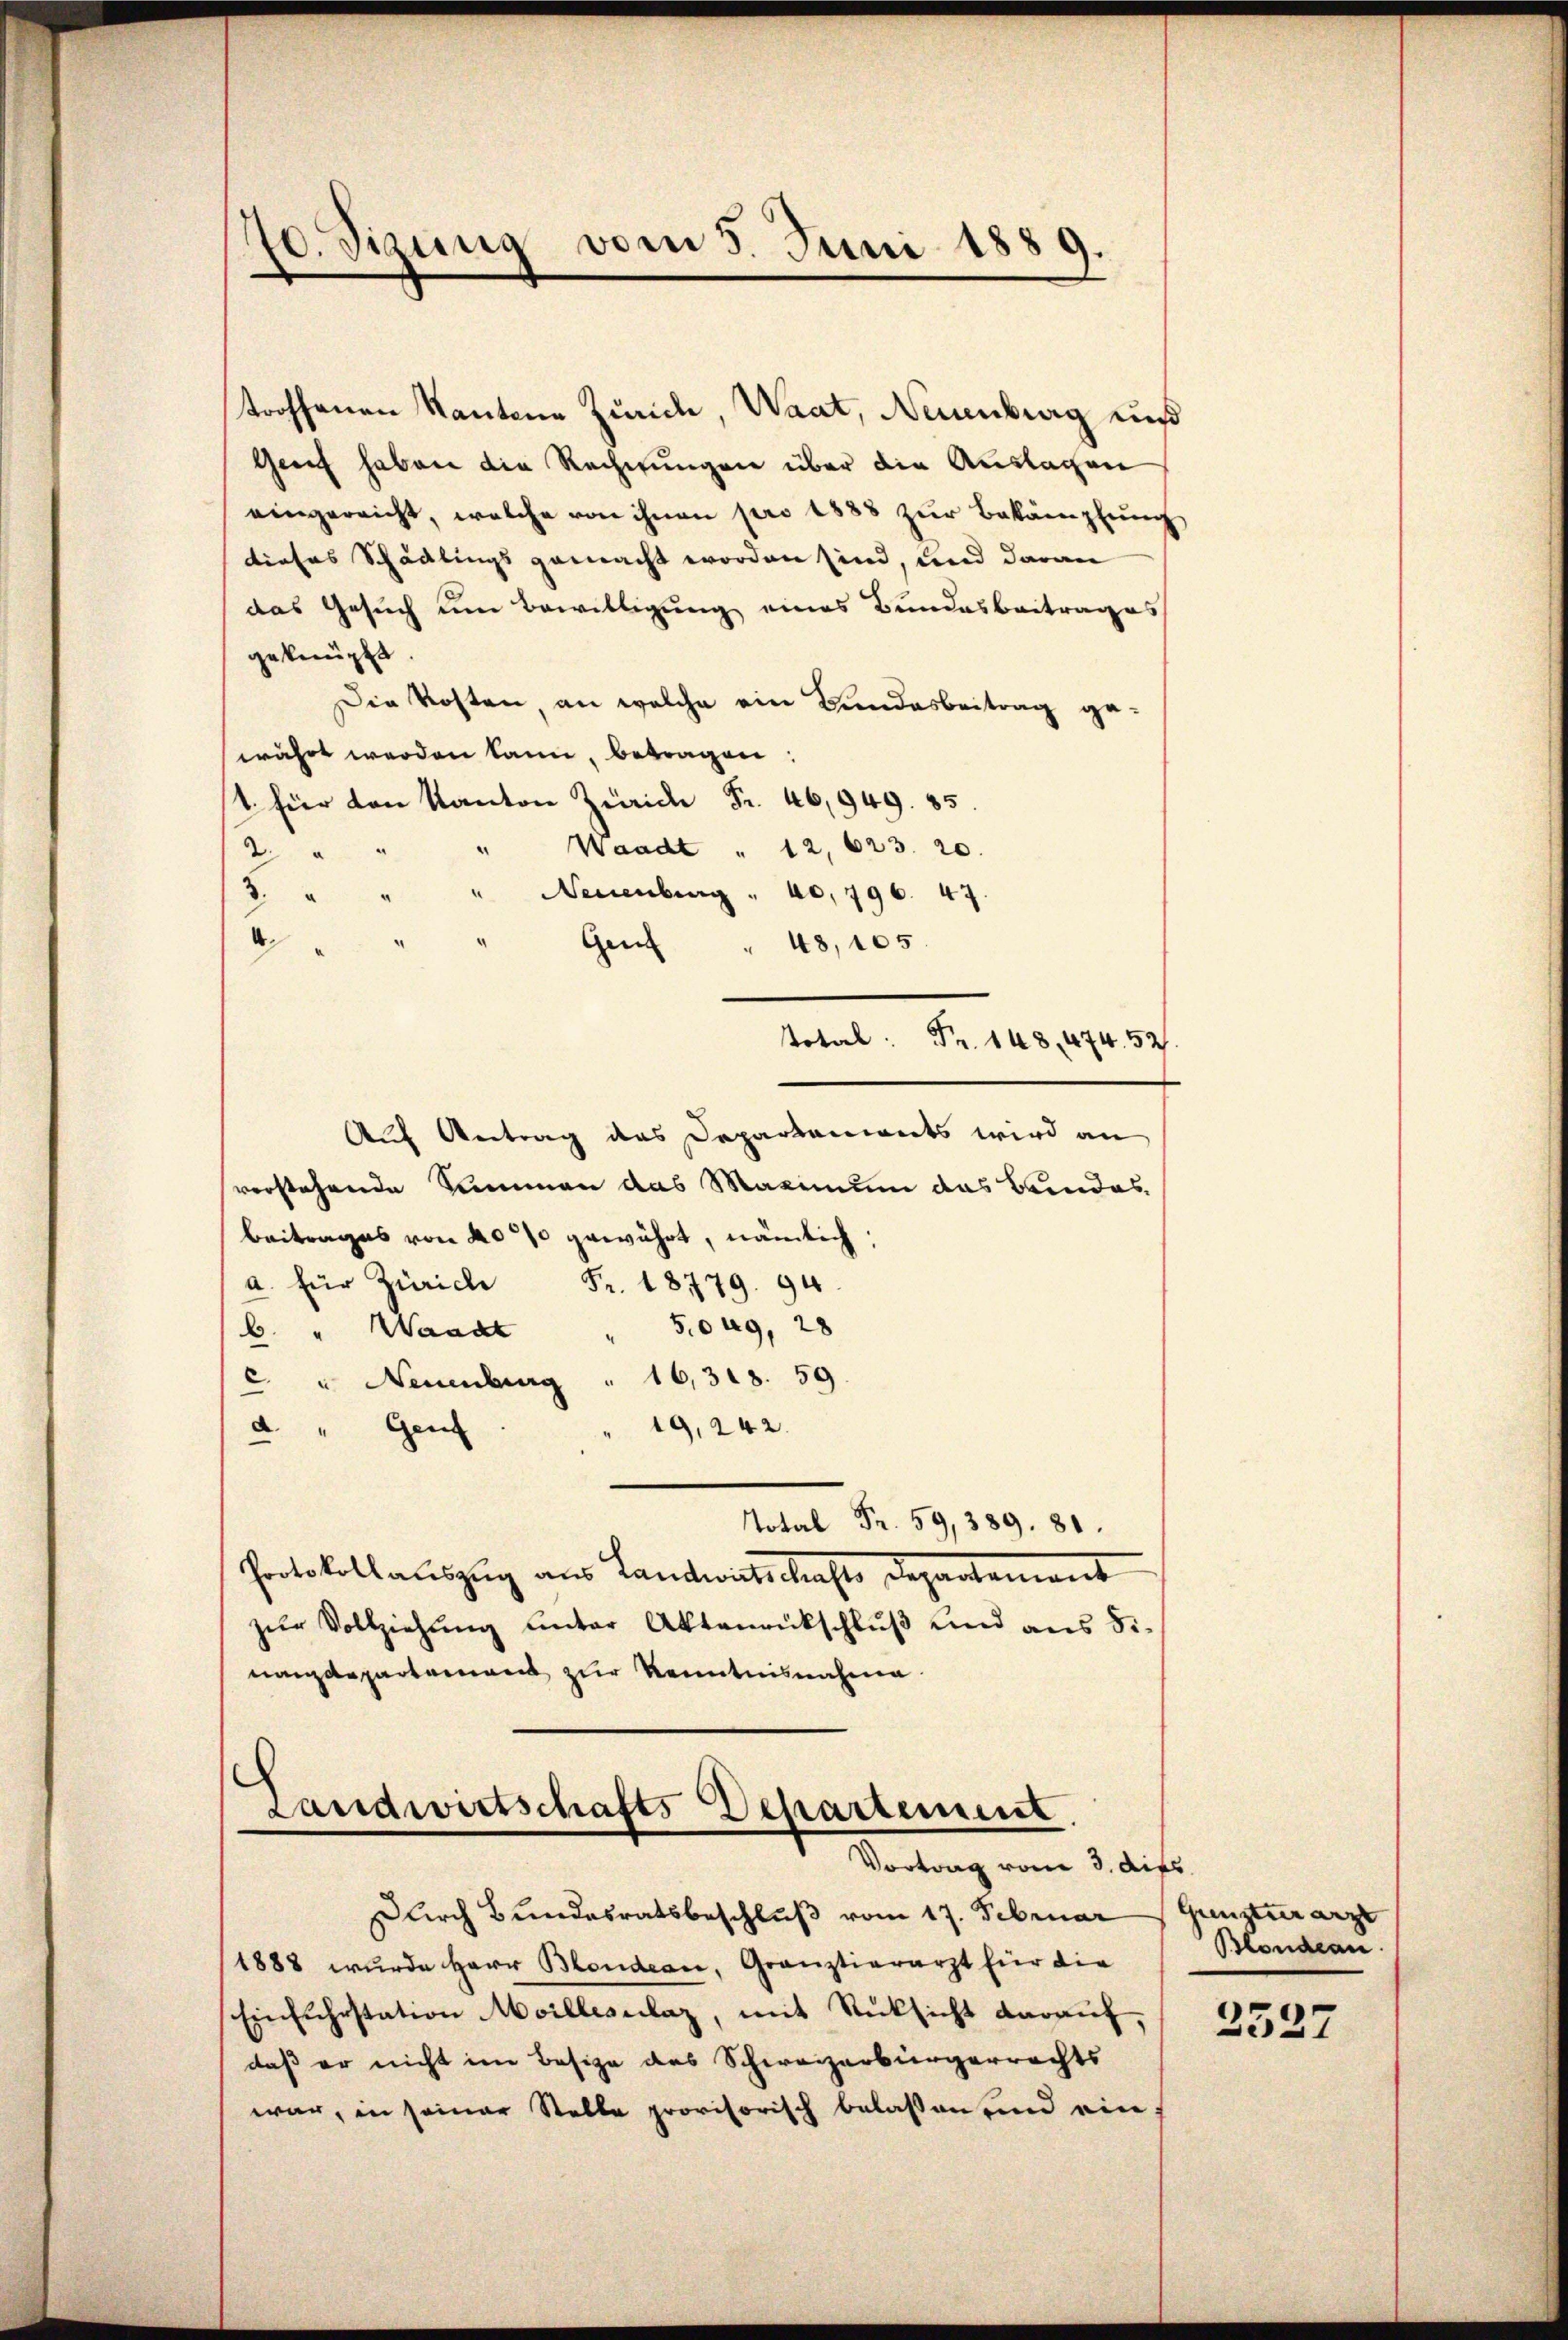
70. Sizung vom 5. Juni 1889.

troffenen Kantone Zürich, Waat, Neuenburg und
Greif haben die Rechnungen über die Auslagen
eingereicht, welche von ihnen pro 1888 zur Bekämpfung
tiefes Schädlings gemacht worden sind, und daran
das Gesuch um Bewilligung eines Bundesbeitrages
geknüpft.
Die Kosten, an welche ein Bundesbeitrag gewährt werden kann, betragen:
 hier von Kanton Zürich Fr. 46,949. 85.
Waadt " 12, 623. 20.
2
3.
" Neuenburg . 40, 796. 47.
Genf " 48, 105.
Auf Antrag des Departements wird an
verstehende Summen das Maximum das Bundes
Beitrages von 4000 gewährt, nämlich:
a. für Zürich Fr. 18779. 94.
b. " Waadt " 5049, 28
c u Neuenburg " 16,318. 59.
19,242.
d. " Genf
 Fr. 59, 389. 81.
Protokollauszug aus Landwirtschafte Departement
zŭr Vollziehŭng ŭnter Aktenrückschlŭβ und aus di
nanzdepartement zur Kenntnisnahme

otal Fr. 148, 474. 52.

Landwirtschafts-Departement.
Vortrag vom 3. dies

Durch Bundesratsbeschluß vom 17. Februar
(1888 wurde Herr Blondern, Grauztierarzt für die
Einfuhrstation Meillesalaz, mit Rücksicht darauf.
daß er nicht im Besize des Schweizerbürgerrechts
war, in seiner Stelle provisorisch belassen und ein

Grenztuerarzt
Blondeau

2527